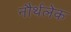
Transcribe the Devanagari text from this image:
नौर्थलेक